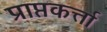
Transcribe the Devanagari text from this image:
प्राप्तकर्त्ता